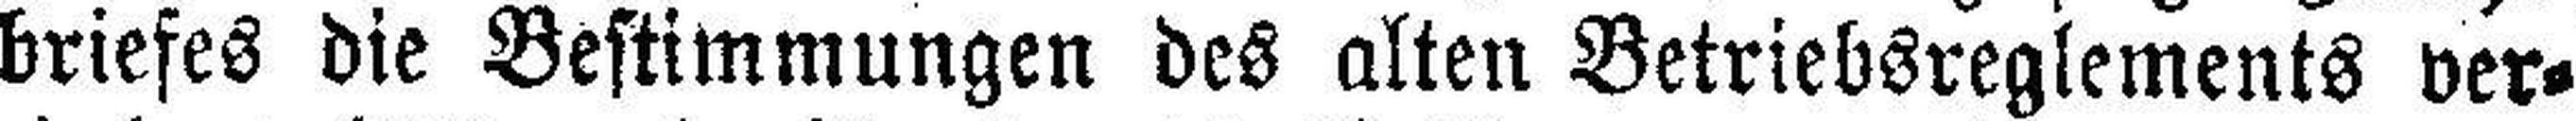
briefes die Bestimmungen des alten Betriebsreglements ver¬